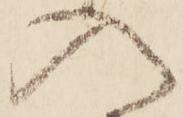
入